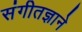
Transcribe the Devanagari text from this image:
संगीतज्ञाने